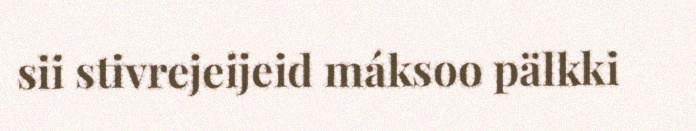
sii stivrejeijeid máksoo pälkki